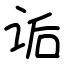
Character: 诟